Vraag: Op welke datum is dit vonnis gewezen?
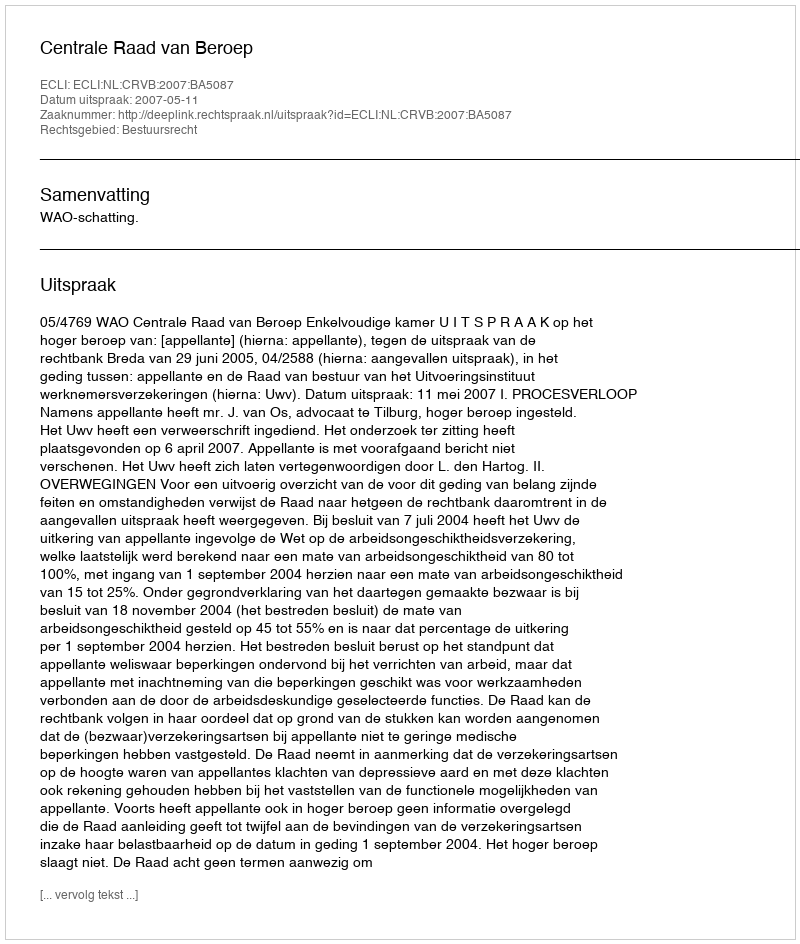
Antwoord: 2007-05-11